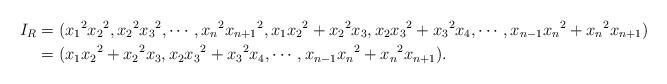
LaTeX: \begin{align*}I_R&=({x_1}^2{x_2}^2, {x_2}^2{x_3}^2, \cdots, {x_n}^2{x_{n+1}}^2,x_1{x_2}^2+{x_2}^2x_3, x_2{x_3}^2+{x_3}^2x_4, \cdots, x_{n-1}{x_n}^2+{x_n}^2x_{n+1})\\&=(x_1{x_2}^2+{x_2}^2x_3, x_2{x_3}^2+{x_3}^2x_4, \cdots, x_{n-1}{x_n}^2+{x_n}^2x_{n+1}).\end{align*}